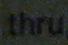
thru